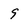
Character: 9